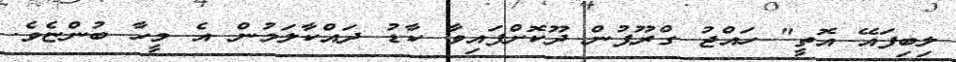
ލިބިފައޭ އޮތީ" ހައްޖު ގްރޫޕުން ދޫކޮށްފައިވާ ކާޑު ދައްކާލަމުން އެ މީހާ ބުންޏެވެ.